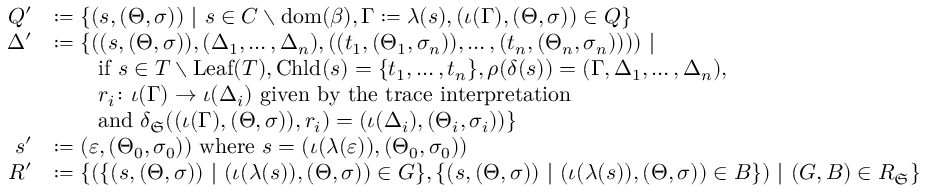
\begin{array} { r l } { Q ^ { \prime } } & { \coloneq \{ ( s , ( \Theta , \sigma ) ) ~ | ~ s \in C \setminus \mathrm { d o m } ( \beta ) , \Gamma \coloneq \lambda ( s ) , ( \iota ( \Gamma ) , ( \Theta , \sigma ) ) \in Q \} } \\ { \Delta ^ { \prime } } & { \coloneq \{ ( ( s , ( \Theta , \sigma ) ) , ( \Delta _ { 1 } , \ldots , \Delta _ { n } ) , ( ( t _ { 1 } , ( \Theta _ { 1 } , \sigma _ { n } ) ) , \ldots , ( t _ { n } , ( \Theta _ { n } , \sigma _ { n } ) ) ) ) ~ | ~ } \\ & { \qquad \mathrm { i f ~ } s \in T \setminus \mathrm { L e a f } ( T ) , \mathrm { C h l d } ( s ) = \{ t _ { 1 } , \ldots , t _ { n } \} , \rho ( \delta ( s ) ) = ( \Gamma , \Delta _ { 1 } , \ldots , \Delta _ { n } ) , } \\ & { \qquad r _ { i } \colon \iota ( \Gamma ) \to \iota ( \Delta _ { i } ) \mathrm { ~ g i v e n ~ b y ~ t h e ~ t r a c e ~ i n t e r p r e t a t i o n ~ } } \\ & { \qquad \mathrm { a n d ~ } \delta _ { \mathfrak { S } } ( ( \iota ( \Gamma ) , ( \Theta , \sigma ) ) , r _ { i } ) = ( \iota ( \Delta _ { i } ) , ( \Theta _ { i } , \sigma _ { i } ) ) \} } \\ { s ^ { \prime } } & { \coloneq ( \varepsilon , ( \Theta _ { 0 } , \sigma _ { 0 } ) ) \mathrm { ~ w h e r e ~ } s = ( \iota ( \lambda ( \varepsilon ) ) , ( \Theta _ { 0 } , \sigma _ { 0 } ) ) } \\ { R ^ { \prime } } & { \coloneq \{ ( \{ ( s , ( \Theta , \sigma ) ) ~ | ~ ( \iota ( \lambda ( s ) ) , ( \Theta , \sigma ) ) \in G \} , \{ ( s , ( \Theta , \sigma ) ) ~ | ~ ( \iota ( \lambda ( s ) ) , ( \Theta , \sigma ) ) \in B \} ) ~ | ~ ( G , B ) \in R _ { \mathfrak { S } } \} } \end{array}